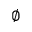
\varnothing